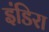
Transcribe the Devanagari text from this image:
इंडिरा